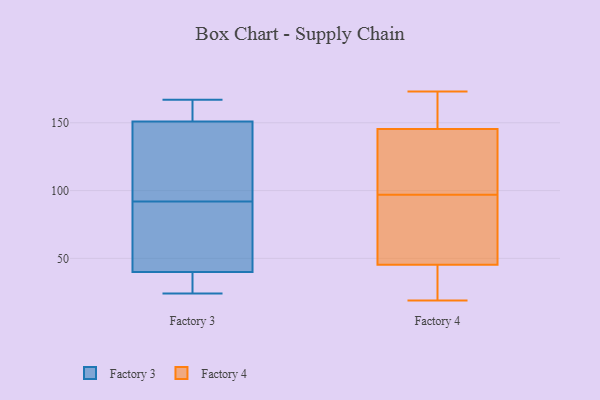
{"axis": {"x": "Headcount", "y": "Value"}, "legend": ["Factory 3", "Factory 4"], "data": [{"x": "", "y": 24, "type": "Factory 3"}, {"x": "", "y": 28, "type": "Factory 3"}, {"x": "", "y": 26, "type": "Factory 3"}, {"x": "", "y": 123, "type": "Factory 3"}, {"x": "", "y": 167, "type": "Factory 3"}, {"x": "", "y": 86, "type": "Factory 3"}, {"x": "", "y": 75, "type": "Factory 3"}, {"x": "", "y": 156, "type": "Factory 3"}, {"x": "", "y": 98, "type": "Factory 3"}, {"x": "", "y": 52, "type": "Factory 3"}, {"x": "", "y": 158, "type": "Factory 3"}, {"x": "", "y": 146, "type": "Factory 3"}, {"x": "", "y": 46, "type": "Factory 4"}, {"x": "", "y": 91, "type": "Factory 4"}, {"x": "", "y": 164, "type": "Factory 4"}, {"x": "", "y": 173, "type": "Factory 4"}, {"x": "", "y": 129, "type": "Factory 4"}, {"x": "", "y": 19, "type": "Factory 4"}, {"x": "", "y": 151, "type": "Factory 4"}, {"x": "", "y": 97, "type": "Factory 4"}, {"x": "", "y": 29, "type": "Factory 4"}, {"x": "", "y": 45, "type": "Factory 4"}, {"x": "", "y": 121, "type": "Factory 4"}]}